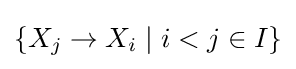
\{X_{j}\to X_{i}\mid i<j\in I\}